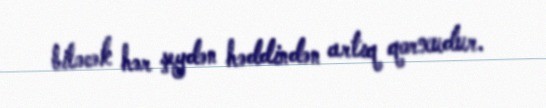
biləcək hər şeydən həddindən artıq qorxudur.